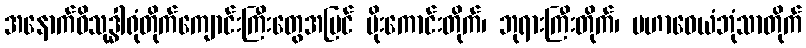
အနောက်ဝိသုဒ္ဓါရုံတိုက်ကျောင်းကြီးတွေအပြင် မိုးကောင်းတိုက်၊ ဘုရားကြီးတိုက်၊ မဟာဝေယံဘုံသာတိုက်